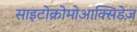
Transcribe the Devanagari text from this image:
साइटोक्रोमोआक्सिडेज़